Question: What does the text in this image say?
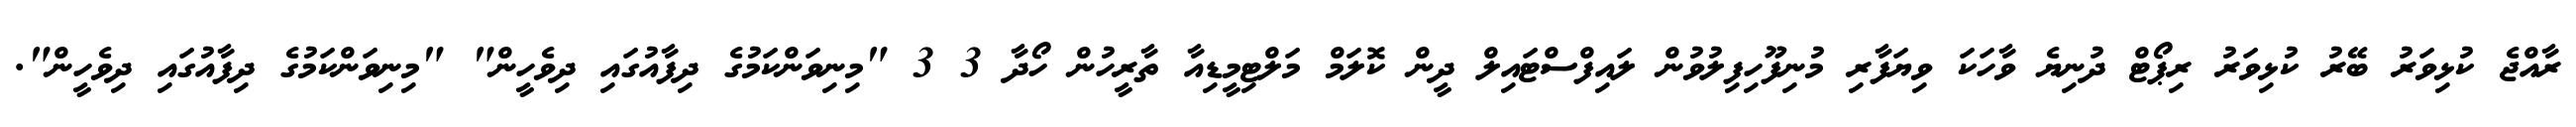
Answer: ރާއްޖެ ކުޅިވަރު ބޭރު ކުޅިވަރު ރިޕޯޓް ދުނިޔެ ވާހަކަ ވިޔަފާރި މުނިފޫހިފިލުވުން ލައިފްސްޓައިލް ދީން ކޮލަމް މަލްޓިމީޑިއާ ތާރީހުން ހޯދާ 3 3 "މިނިވަންކަމުގެ ދިފާއުގައި ދިވެހީން" "މިނިވަންކަމުގެ ދިފާއުގައި ދިވެހީން".